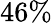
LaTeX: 46\%